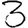
Digit: 3